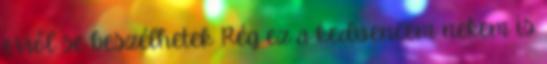
erről se beszélhetek Rég ez a kedvencem nekem is